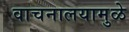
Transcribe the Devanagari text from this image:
वाचनालयामुळे